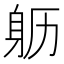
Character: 𲄙